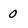
Character: 0